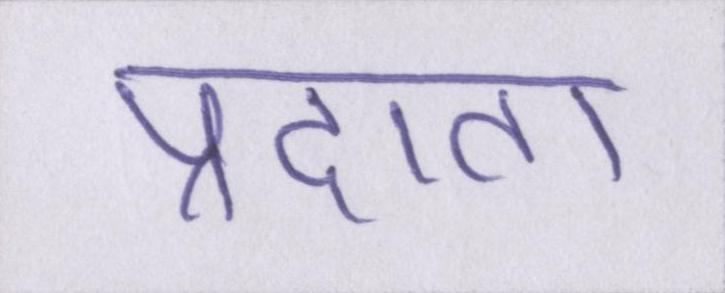
प्रदाता